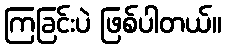
ကြခြင်းပဲ ဖြစ်ပါတယ်။